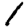
Digit: 1